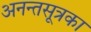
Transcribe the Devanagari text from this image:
अनन्तसूत्रका